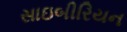
સાઇબીરિયન